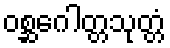
ဝစ္ဆဂေါတ္တသုတ္တံ